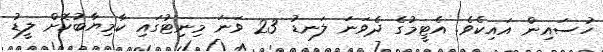
ހުސައިން އައިކެވެ. އެޓީމުގެ ދެވަނަ ލަނޑު 23 ވަނަ މިނިޓުގައި ކާމިޔާބުކޮށް ލީޑު